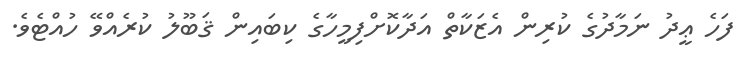
ފަހެ ޢީދު ނަމާދުގެ ކުރިން އެޒަކާތް އަދާކޮށްފިމީހާގެ ކިބައިން ޤަބޫލު ކުރެއްވޭ ހުއްޓެވެ.